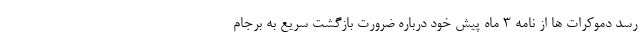
رسد دموکرات ها از نامه 3 ماه پیش خود درباره ضرورت بازگشت سریع به برجام